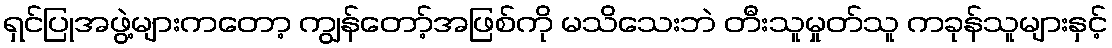
ရှင်ပြုအဖွဲ့များကတော့ ကျွန်တော့်အဖြစ်ကို မသိသေးဘဲ တီးသူမှုတ်သူ ကခုန်သူများနှင့်